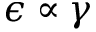
\epsilon \propto \gamma